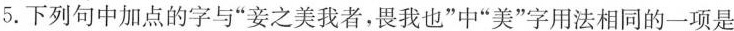
5.下列句中加点的字与”妾之美我者，畏我也”中”美”字用法相同的一项是